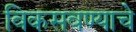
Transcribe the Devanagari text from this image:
विकसवण्याचे